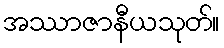
အဿာဇာနီယသုတ်။